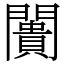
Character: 闠